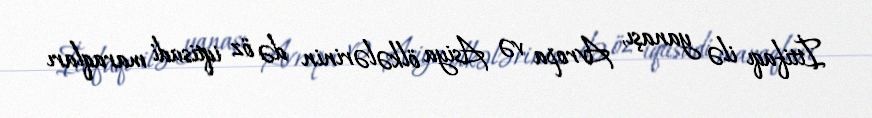
İttifaqı ilə yanaşı, Avropa və Asiya ölkələrinin də öz iqtisadi maraqları